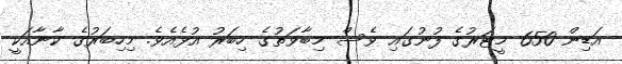
އަޑިން 650 މީޓަރުގެ ފުނުގައި ވެސް މިބާވަތުގެ ހިބަރު އުޅެއެވެ. މިހިބަރުގެ ކާނާއަކީ